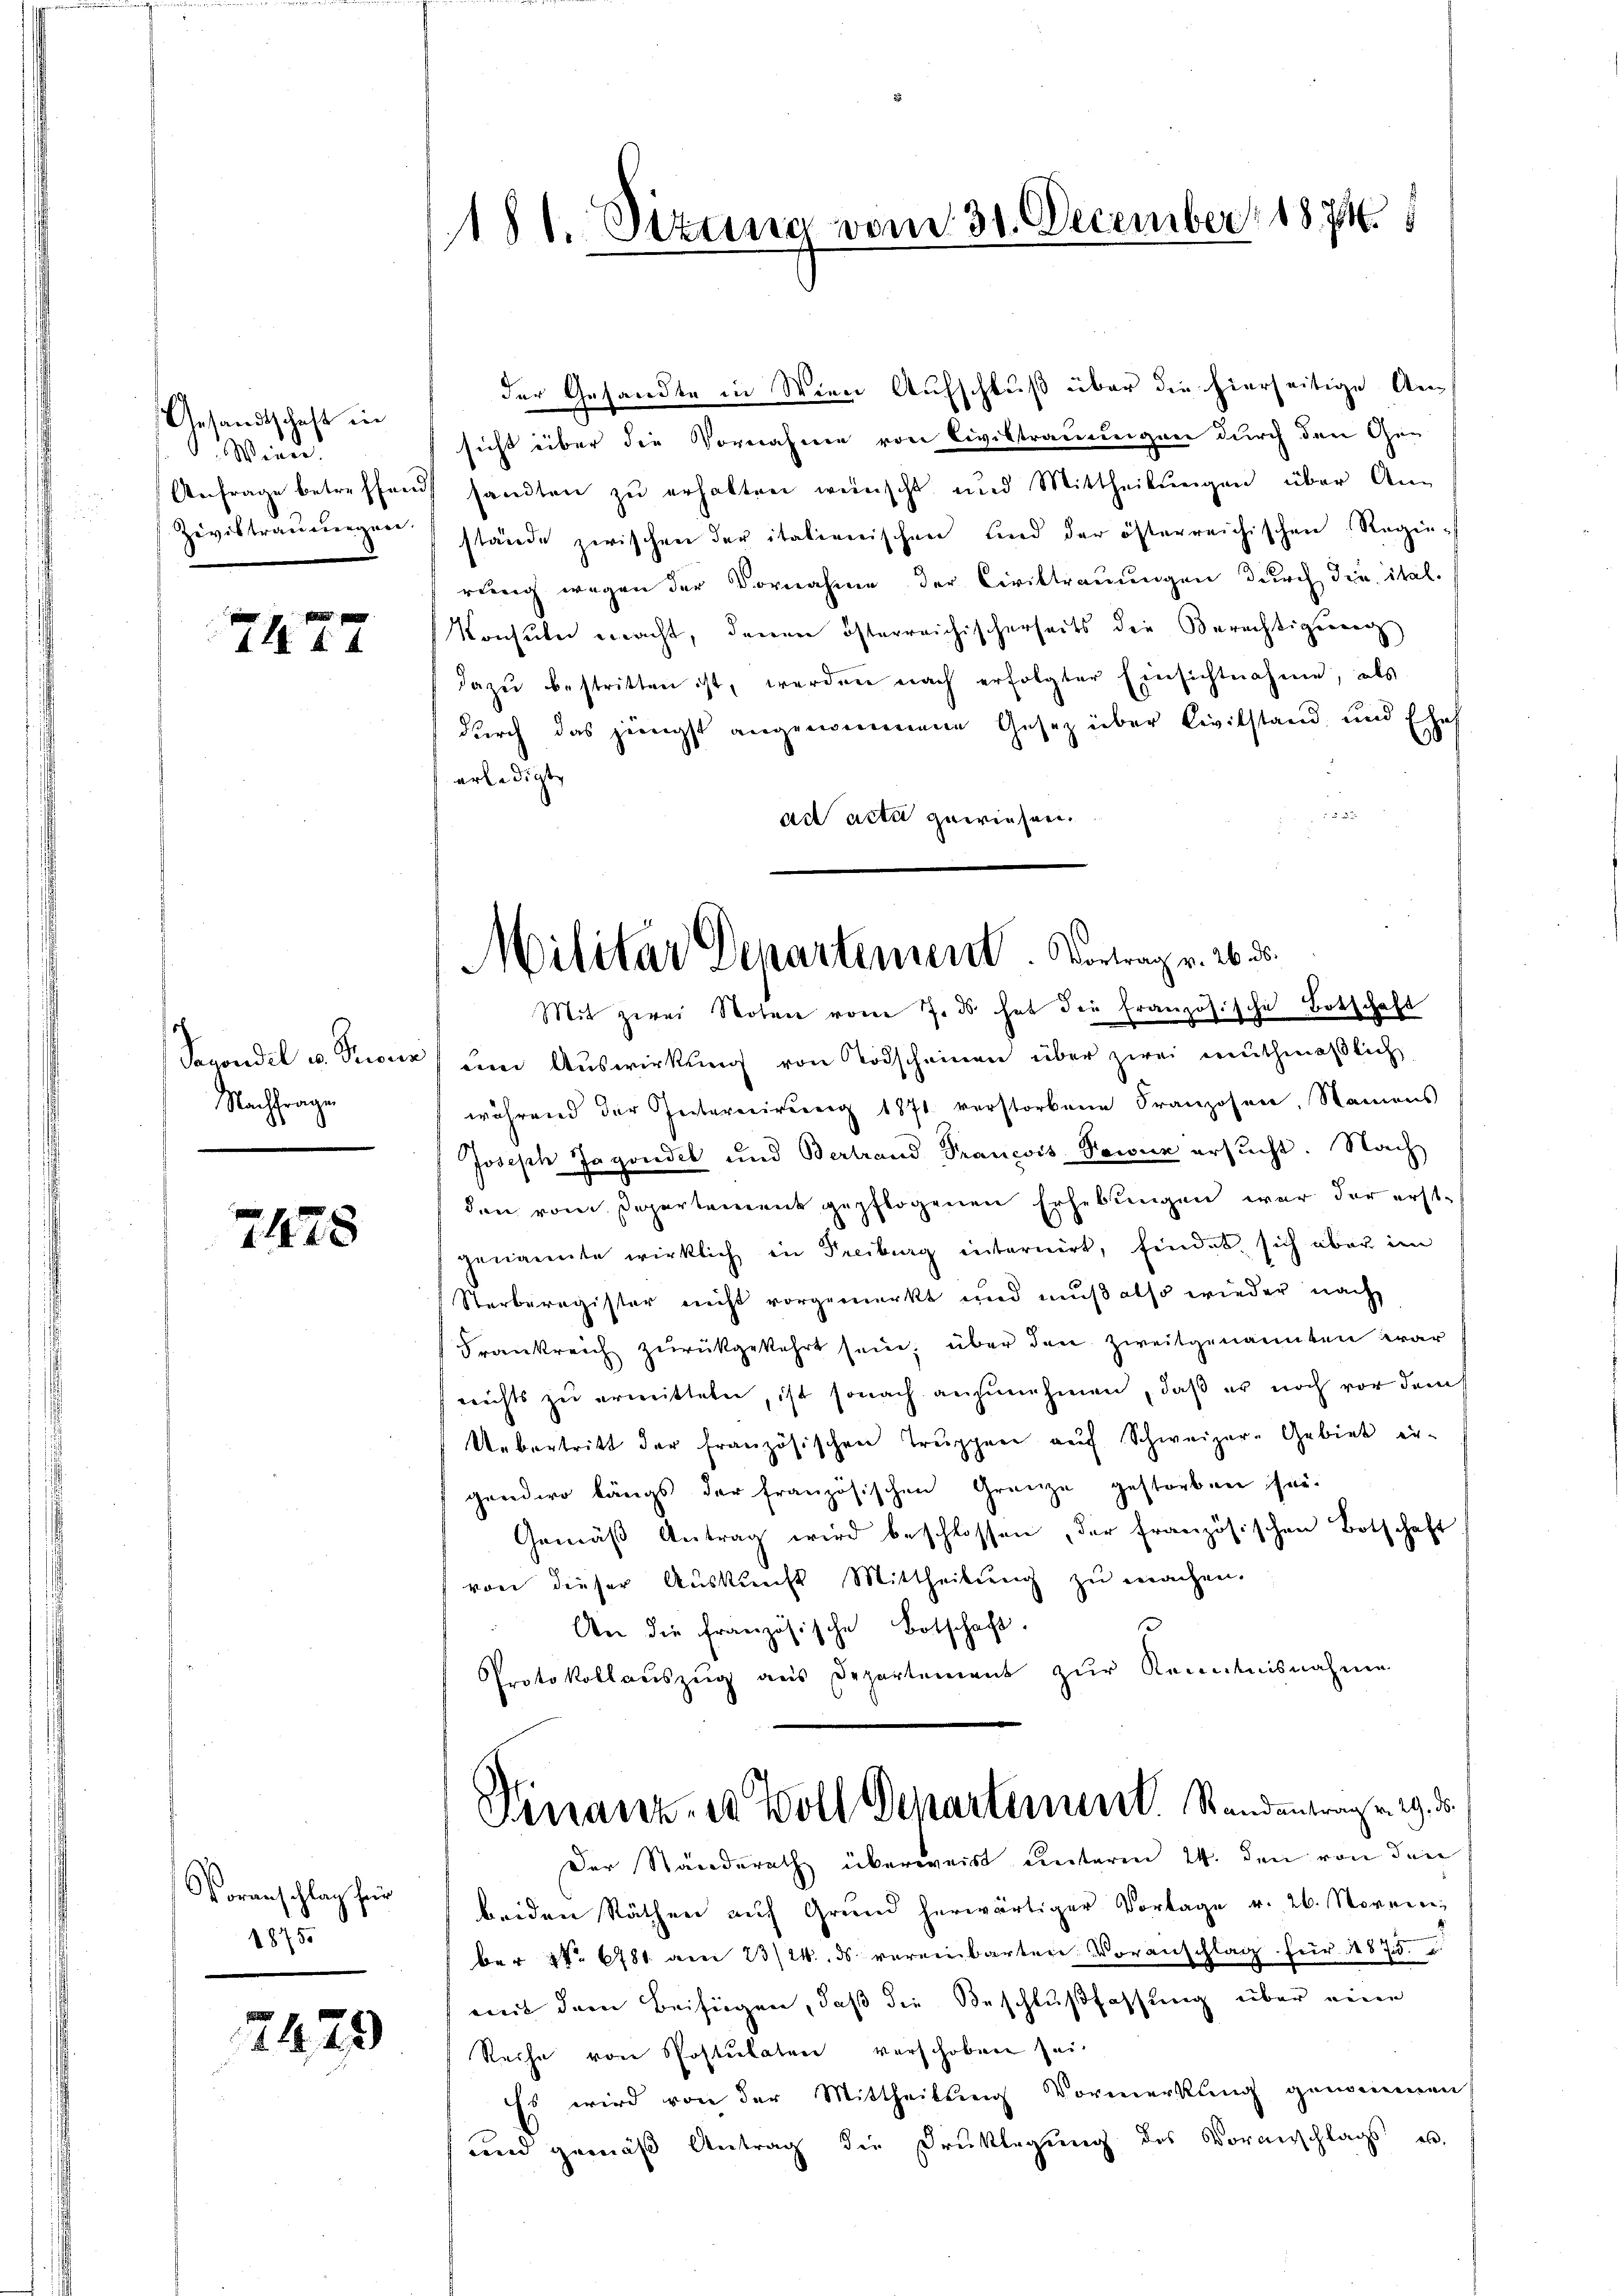
Gesandtschaft in
Wien.
Anfrage betreffen
Ziviltrauungen.

7177

Secondil v. Krone
Nachfragen

2478

Voranschlag für
1875

2473

181. Sizung vom 31. December 1871

sicht über die Vornahme von Civiltrauungen durch den Gen
sandten zu erhalten wünscht und Mittheilŭngen über An-
stände zwischen der italienischen und der österreichischen Regie-
rung wegen der Vornahme der Civiltrauungen durch die ital.
Konsuln macht, denen österreichischerseits die Berechtigung
dazŭ bestritten ist, werden nach erfolgter Einsichtnahme, als
durch das jüngst angenommene Gesetz über Civilstand und Ehes
erledigte
ad acta gewiesen.
eine Auswirkung von Todscheinen über zwei reuthmaßlich
während der Internirung 1871 verstorbene Franzosen, Namens
Joseph Jagendet und Bertrand Trancois Sowir ersŭcht. Nach
den vom Departement gepflogenen Erhebungen war der erstgenannte wirklich in Freiburg internirt, findet, sich über im
Sterberegister nicht vorgemerkt und muß also wieder nach
Frankreich zŭrückgekehrt sein, über den Zweitgenannten war
nichts zu ermitteten, ist sonach anzunehmen, daß er noch vor dem
Uebertritt der französischen Truppen auf Schweizer-Gebiet er-
gendwo längs der französischen Grenze gestorben heu
Gemäβ Antrag wird beschlossen, der französischen Botschaft
von dieser Auskunft Mittheilung zu machen.
An die französische Botschaft.
Protokollauszug aus Departement zur Kenntnisnahme

der Gesandte in Wien Aufschluß über die hierseitige An-

Militar Departement. Vortrag v. 26. ds.
Mit zwei Noten vom 7. ds hat die französische Botschaft

Finanzes Voll Departement. Standentrag v. 29. d.

Der Ständerath überweis unterm 24. den von den
beiden Räthen auf Grund herwärtiger Vortage v. 26. Novem
ber No 6781 am 23/24. ds vereinbarten Voranschlag für 1487 d.
mit dem Beifügen, daß die Beschlußfassung über eine
Reihe von Postulaten verschoben sei.
Es wird von der Mittheilung Vormerkung genommen
und gemäß Antrag die Druklegung des Voranschlags u.